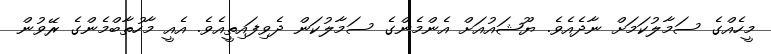
މީހެއްގެ ސަމާލުކަމަށް ނާދެއެވެ. ޔޫޝައުއަށް އެންމެންގެ ސަމާލުކަން ދެވިފައިތީއެވެ. އެއީ މާހުތާބްމެންގެ ރޭވުން